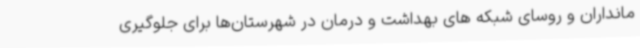
مانداران و روسای شبکه های بهداشت و درمان در شهرستان‌ها برای جلوگیری